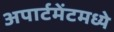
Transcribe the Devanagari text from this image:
अपार्टमेंटमध्ये